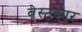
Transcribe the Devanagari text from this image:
वेस्टकार